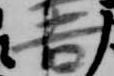
吉